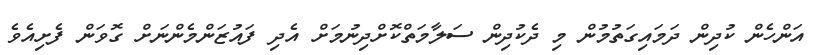
އަންހެން ކުދިން ދަމައިގަތުމުން މި ދެކުދިން ސަލާމަތްކޮށްދިނުމަށް އެދި ފައުޒަންމެންނަށް ގޮވަން ފެށިއެވެ